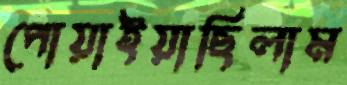
পোয়াইয়াছিলাম